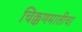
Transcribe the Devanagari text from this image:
चिक्कणमातीचा